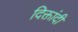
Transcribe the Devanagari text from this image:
दिक्तांदी